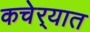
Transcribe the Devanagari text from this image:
कचेर्‍यात